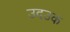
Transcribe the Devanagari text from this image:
उदउक